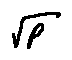
\sqrt { P }